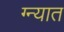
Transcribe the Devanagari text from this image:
ग्न्यात